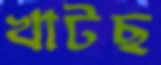
খাটছ